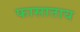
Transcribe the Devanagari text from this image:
फासाताय